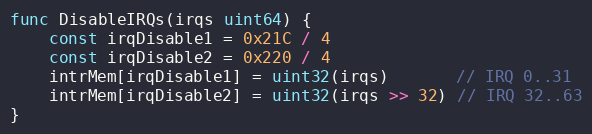
Language: Go
func DisableIRQs(irqs uint64) {
	const irqDisable1 = 0x21C / 4
	const irqDisable2 = 0x220 / 4
	intrMem[irqDisable1] = uint32(irqs)       // IRQ 0..31
	intrMem[irqDisable2] = uint32(irqs >> 32) // IRQ 32..63
}